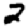
Digit: 2